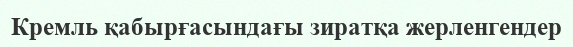
Кремль қабырғасындағы зиратқа жерленгендер